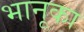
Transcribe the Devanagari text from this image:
भानूका